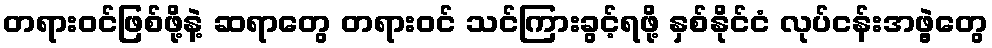
တရားဝင်ဖြစ်ဖို့နဲ့ ဆရာတွေ တရားဝင် သင်ကြားခွင့်ရဖို့ နှစ်နိုင်ငံ လုပ်ငန်းအဖွဲ့တွေ